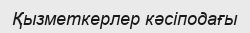
Қызметкерлер кәсіподағы